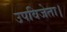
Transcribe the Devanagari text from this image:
उपविजेता।